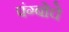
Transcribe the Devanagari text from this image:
पंग्बोचे